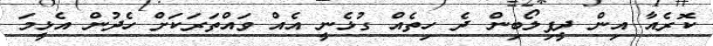
ކޮރެއާ އިން ދީފިލޯބިން ދެ ހިތެއް ގުޅެނީ އެއް ވައްތަރަކަށް ހެދުން އެޅީމަ